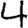
Digit: 4